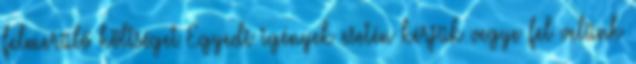
felmerülő költséget Egyedi igények esetén kérjük vegye fel velünk